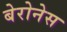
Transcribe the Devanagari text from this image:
बेरोनेस